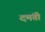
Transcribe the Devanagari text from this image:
दमंती